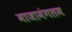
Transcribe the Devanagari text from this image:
माजामंगलम